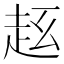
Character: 𧺦